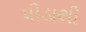
પીડાથી